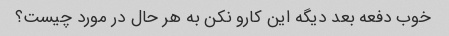
خوب دفعه بعد دیگه این کارو نکن به هر حال در مورد چیست؟